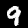
Label: 9